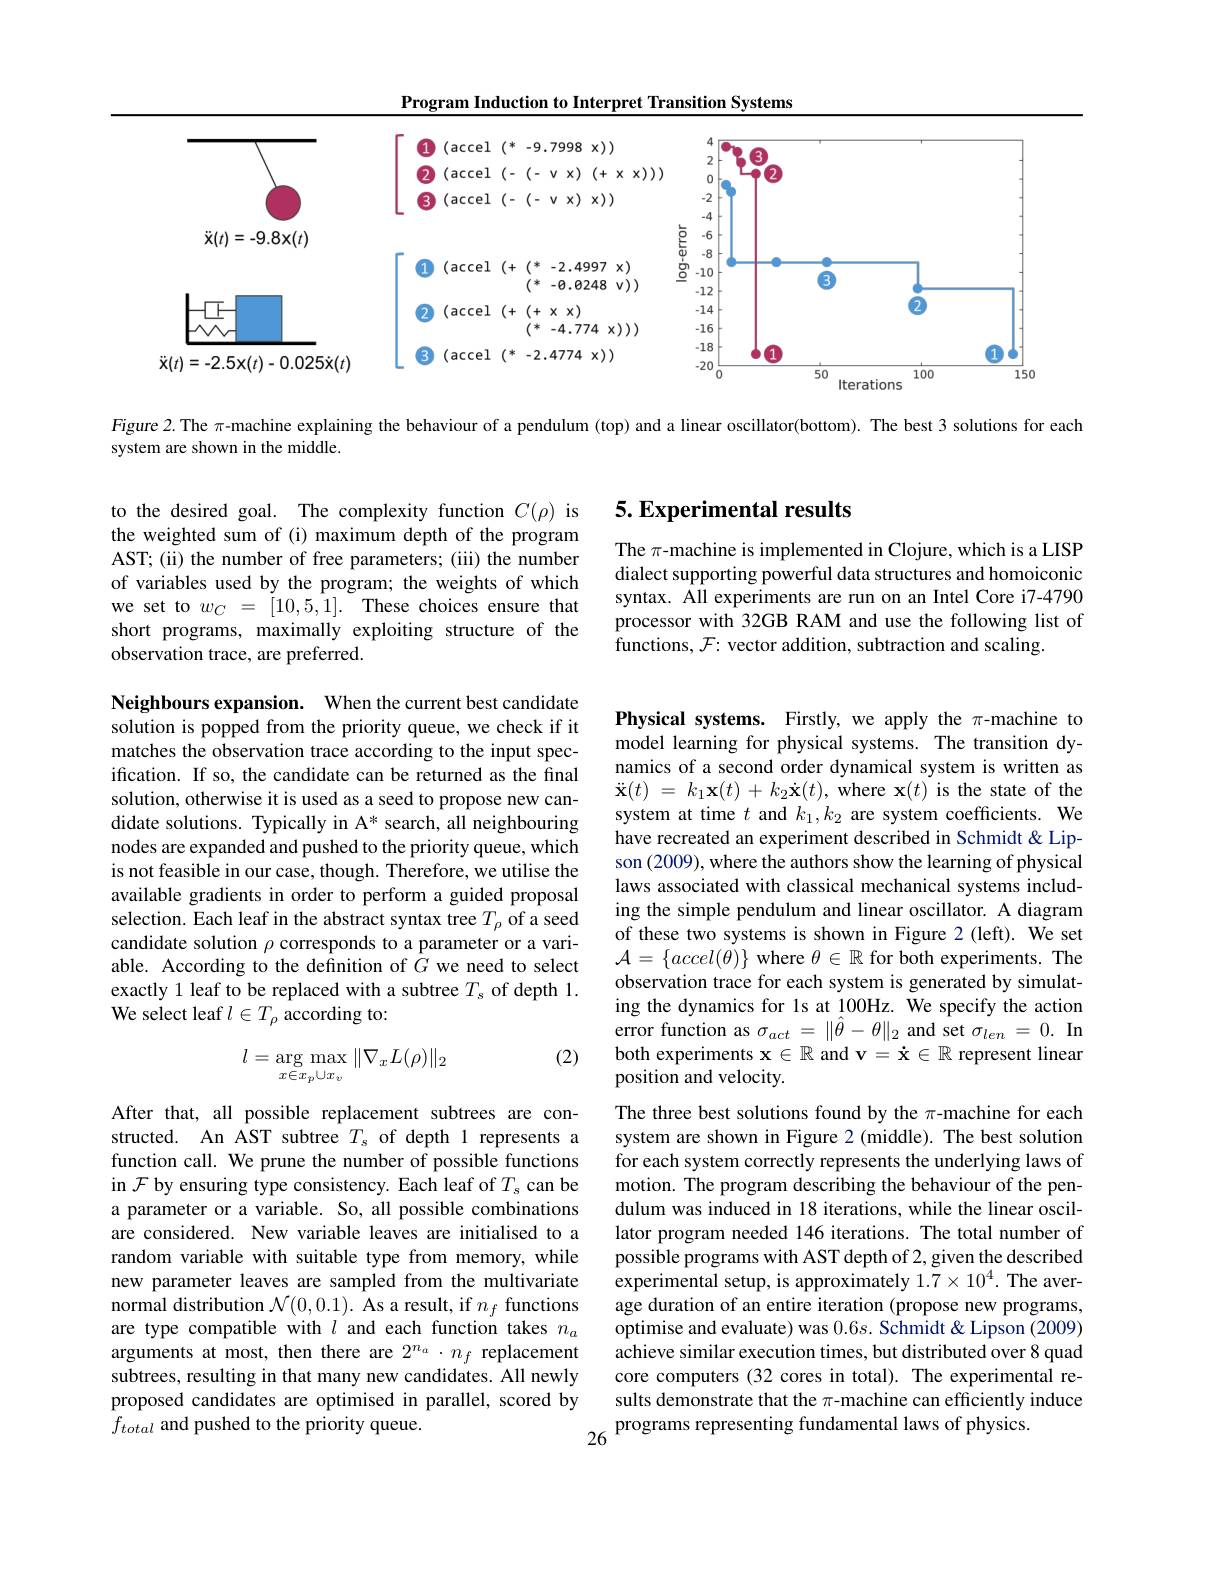
Program Induction to Interpret Transition Systems

<FigureHere>

Figure 2. The $\pi$-machine explaining the behaviour of a pendulum (top) and a linear oscillator(bottom). The best 3 solutions for each

system are shown in the middle.

## 5. Experimental results

to the desired goal. The complexity function $C(\rho)$ is the weighted sum of (i) maximum depth of the program AST; (ii) the number of free parameters; (iii) the number of variables used by the program; the weights of which we set to $w_C= [ 10, 5, 1] .$ These choices ensure that short programs, maximally exploiting structure of the observation trace, are preferred.

The $\pi$-machine is implemented in Clojure, which is a LISP dialect supporting powerful data structures and homoiconic syntax. All experiments are run on an Intel Core i7-4790 processor with 32GB RAM and use the following list of functions, $\mathcal{F}:$ vector addition, subtraction and scaling

Neighbours expansion. When the current best candidate solution is popped from the priority queue, we check if it matches the observation trace according to the input specification. If so, the candidate can be returned as the final solution, otherwise it is used as a seed to propose new candidate solutions. Typically in A* search, all neighbouring nodes are expanded and pushed to the priority queue, which is not feasible in our case, though. Therefore, we utilise the available gradients in order to perform a guided proposal selection. Each leaf in the abstract syntax tree $T_\rho$ of a seed candidate solution $\rho$ corresponds to a parameter or a variable. According to the definition of $G$ we need to select exactly 1 leaf to be replaced with a subtree $T_\mathrm{s}$ of depth 1. We select leaf $l\in T_\rho$ according to:

(2)
$$l=\arg\max_{x\in x_p\cup x_v}\|\nabla_xL(\rho)\|_2$$
Physical systems. Firstly, we apply the $\pi$-machine to model learning for physical systems. The transition dynamics of a second order dynamical system is written as $\ddot{\mathbf{x} } ( t)$ = $k_{1}\mathbf{x} ( t)$ + $k_{2}\dot{\mathbf{x} } ( t) $,where $\mathbf{x}(t)$is the state of the system at time $t$ and $k_1,k_2$ are system coefficients. We have recreated an experiment described in Schmidt &Lipson (2009), where the authors show the learning of physical laws associated with classical mechanical systems including the simple pendulum and linear oscillator. A diagram of these two systems is shown in Figure 2 (left). We set $\mathcal{A}=\{accel(\theta)\}$ where $\theta\in\mathbb{R}$ for both experiments. The observation trace for each system is generated by simulating the dynamics for ls at 100Hz. We specify the action error function as $\sigma_{act}=\|\hat{\theta}-\theta\|_{2}$ and set $\sigma_len=0.$ In both experiments $\mathbf{x}\in\mathbb{R}$ and v$=\dot{\mathbf{x}}\in\mathbb{R}$ represent linear position and velocity.
The three best solutions found by the $\pi$-machine for each system are shown in Figure 2 (middle). The best solution for each system correctly represents the underlying laws of motion. The program describing the behaviour of the pendulum was induced in 18 iterations, while the linear oscillator program needed 146 iterations. The total number of possible programs with AST depth of 2, given the described $\hat{\text{experimental setup, is approximately }1.7}\times10^{4}.$The average duration of an entire iteration (propose new programs, optimise and evaluate) was $0.6s.$ Schmidt & Lipson (2009) achieve similar execution times, but distributed over 8 quad core computers (32 cores in total). The experimental re-
$\begin{aligned}\text{sults demonstrate that the }\pi\text{-machine can efficiently induce}\\26&\text{programs representing fundamental laws of physics.}\end{aligned}$

After that, all possible replacement subtrees are constructed. An AST subtree $T_\mathrm{s}$ of depth 1 represents a function call. We prune the number of possible functions in $\mathcal{F}$ by ensuring type consistency. Each leaf of $T_s$ can be a parameter or a variable. So, all possible combinations are considered. New variable leaves are initialised to a random variable with suitable type from memory, while new parameter leaves are sampled from the multivariate normal distribution $\mathcal{N}(0,0.1).$ As a result, if $n_f$ functions are type compatible with $l$ and each function takes $n_a$ arguments at most, then there are $2^{n_a}\cdot n_f$ replacement subtrees, resulting in that many new candidates. All newly proposed candidates are optimised in parallel, scored by $f_{total}$ and pushed to the priority queue.